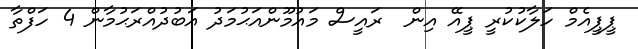
ޕީޕީއެމް ހަލާކުކުރީ ޕީއޭ އިން  ރައީސް މައުމޫންއަޙުމަދު އަބުދުއްރަޙުމާން 4 ހަފްތާ